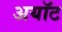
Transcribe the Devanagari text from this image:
अयॉट